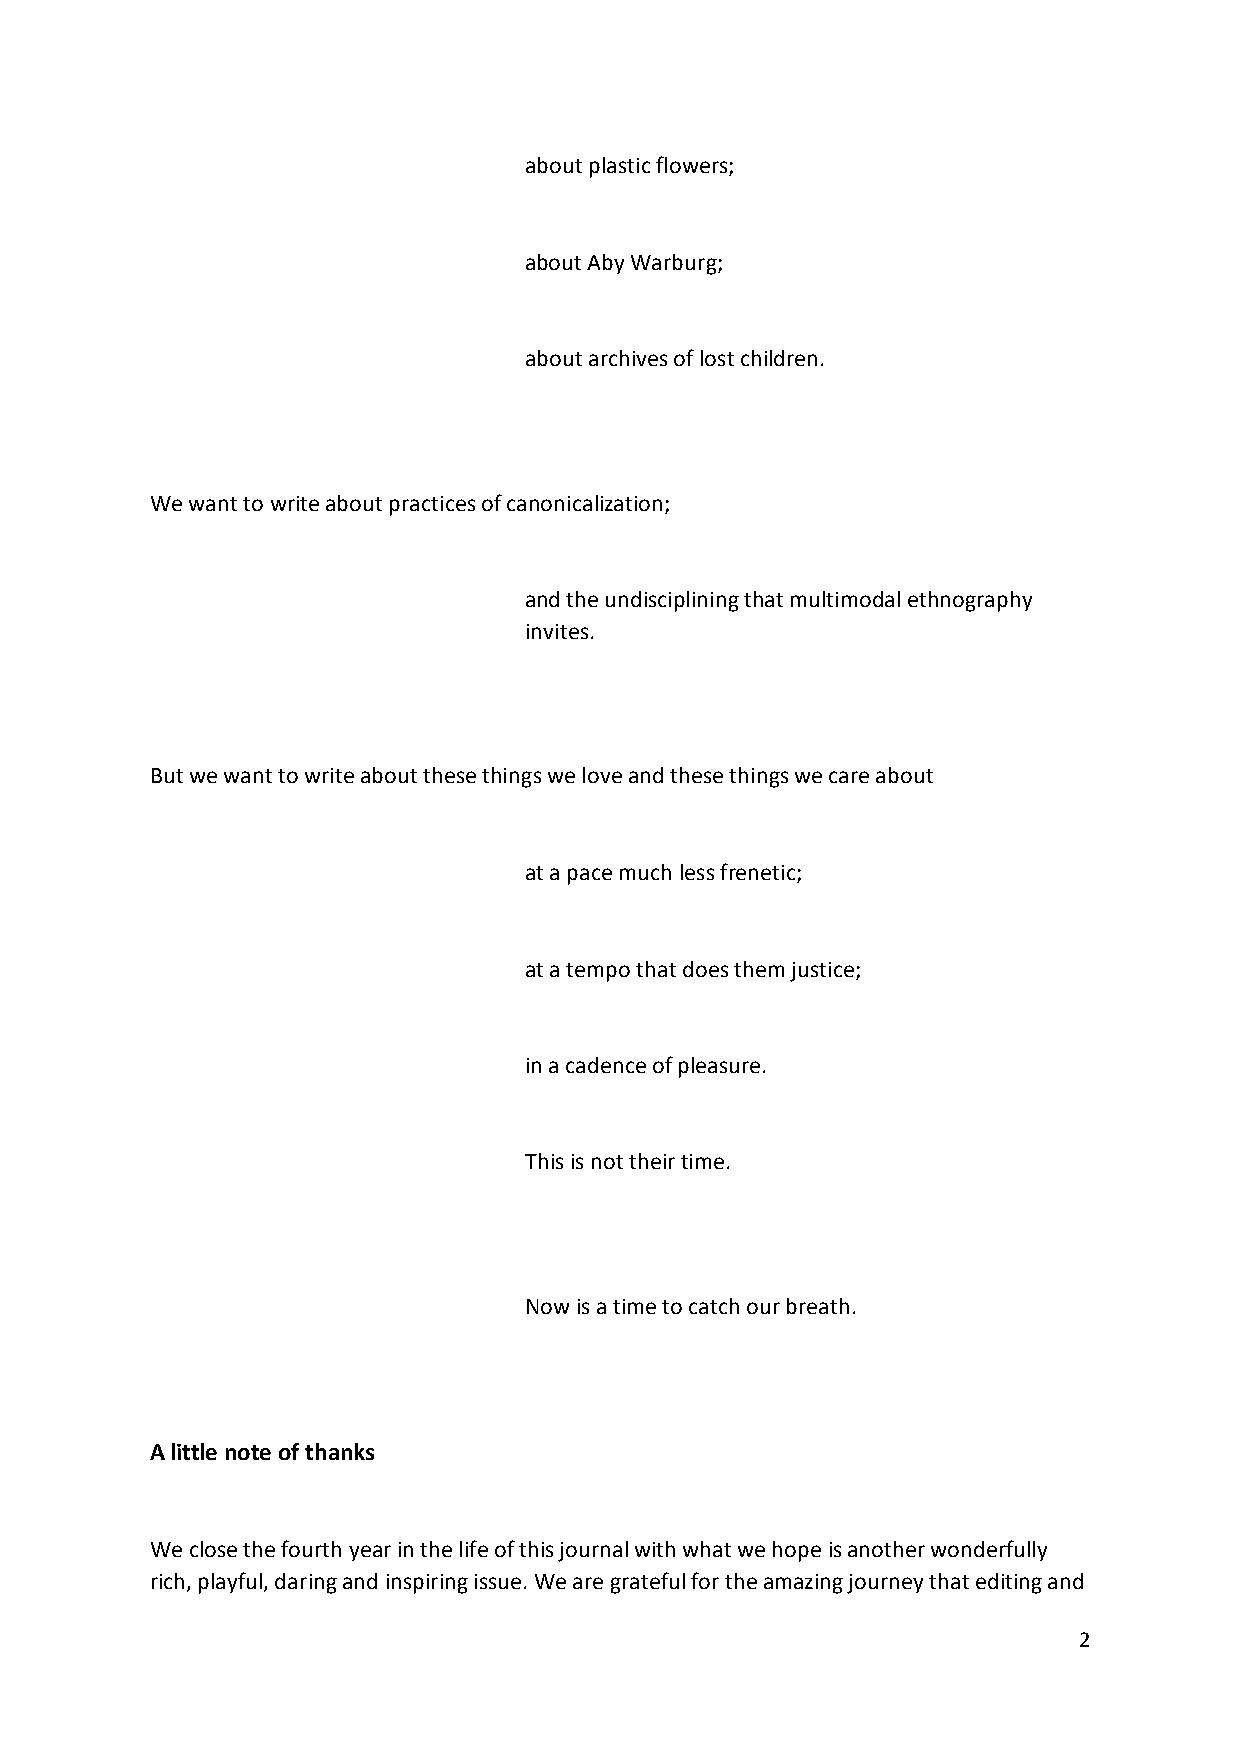
about plastic flowers;
 about Aby Warburg;
 about archives of lost children.
 We want to write about practices of canonicalization;
 and the undisciplining that multimodal ethnography
 invites.
 But we want to write about these things we love and these things we care about
 at a pace much less frenetic;
 at a tempo that does them justice;
 in a cadence of pleasure.
 This is not their time.
 Now is a time to catch our breath.
 A little note of thanks
 We close the fourth year in the life of this journal with what we hope is another wonderfully
 rich, playful, daring and inspiring issue. We are grateful for the amazing journey that editing and
 2